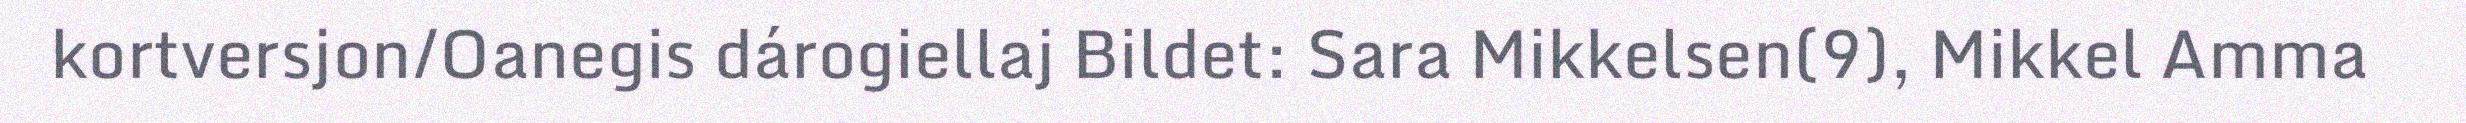
kortversjon/Oanegis dárogiellaj Bildet: Sara Mikkelsen(9), Mikkel Amma